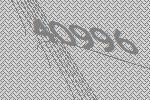
40996